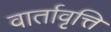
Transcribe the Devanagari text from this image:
वार्तावृत्ति